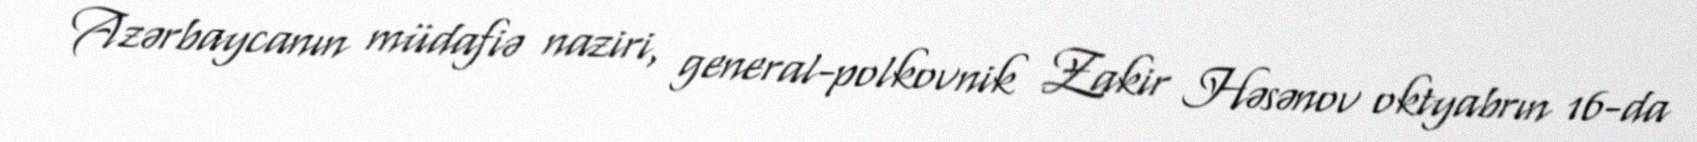
Azərbaycanın müdafiə naziri, general-polkovnik Zakir Həsənov oktyabrın 16-da